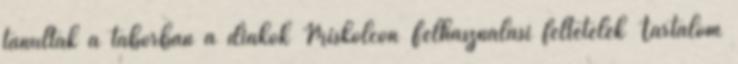
tanultak a táborban a diákok Miskolcon Felhasználási feltételek Tartalom